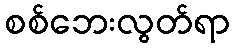
စစ်ဘေးလွတ်ရာ